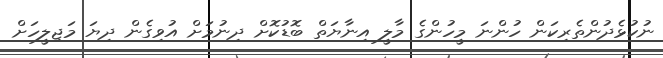
ނުކުޅެދުންތެރިކަން ހުންނަ މީހުންގެ މާލީ އިނާޔަތް ބޮޑުކޮށް ދިނުމަށް އުވިގެން ދިޔަ މަޖިލީހަށް